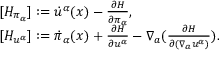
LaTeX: \begin{array} { l } { { [ { H } _ { \pi _ { \alpha } } ] : = { \dot { u } } ^ { \alpha } ( x ) - \frac { \partial { H } } { \partial \pi _ { \alpha } } , } } \\ { { [ { H } _ { u ^ { \alpha } } ] : = { \dot { \pi } } _ { \alpha } ( x ) + \frac { \partial { H } } { \partial u ^ { \alpha } } - \nabla _ { a } ( \frac { \partial { H } } { \partial ( \nabla _ { a } u ^ { \alpha } ) } ) . } } \end{array}